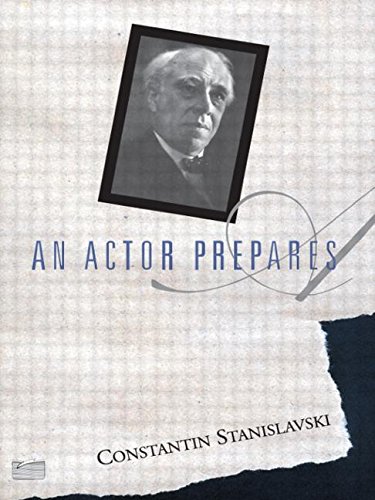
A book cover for An Actor Prepares; Constantin Stanislavski; Humor & Entertainment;